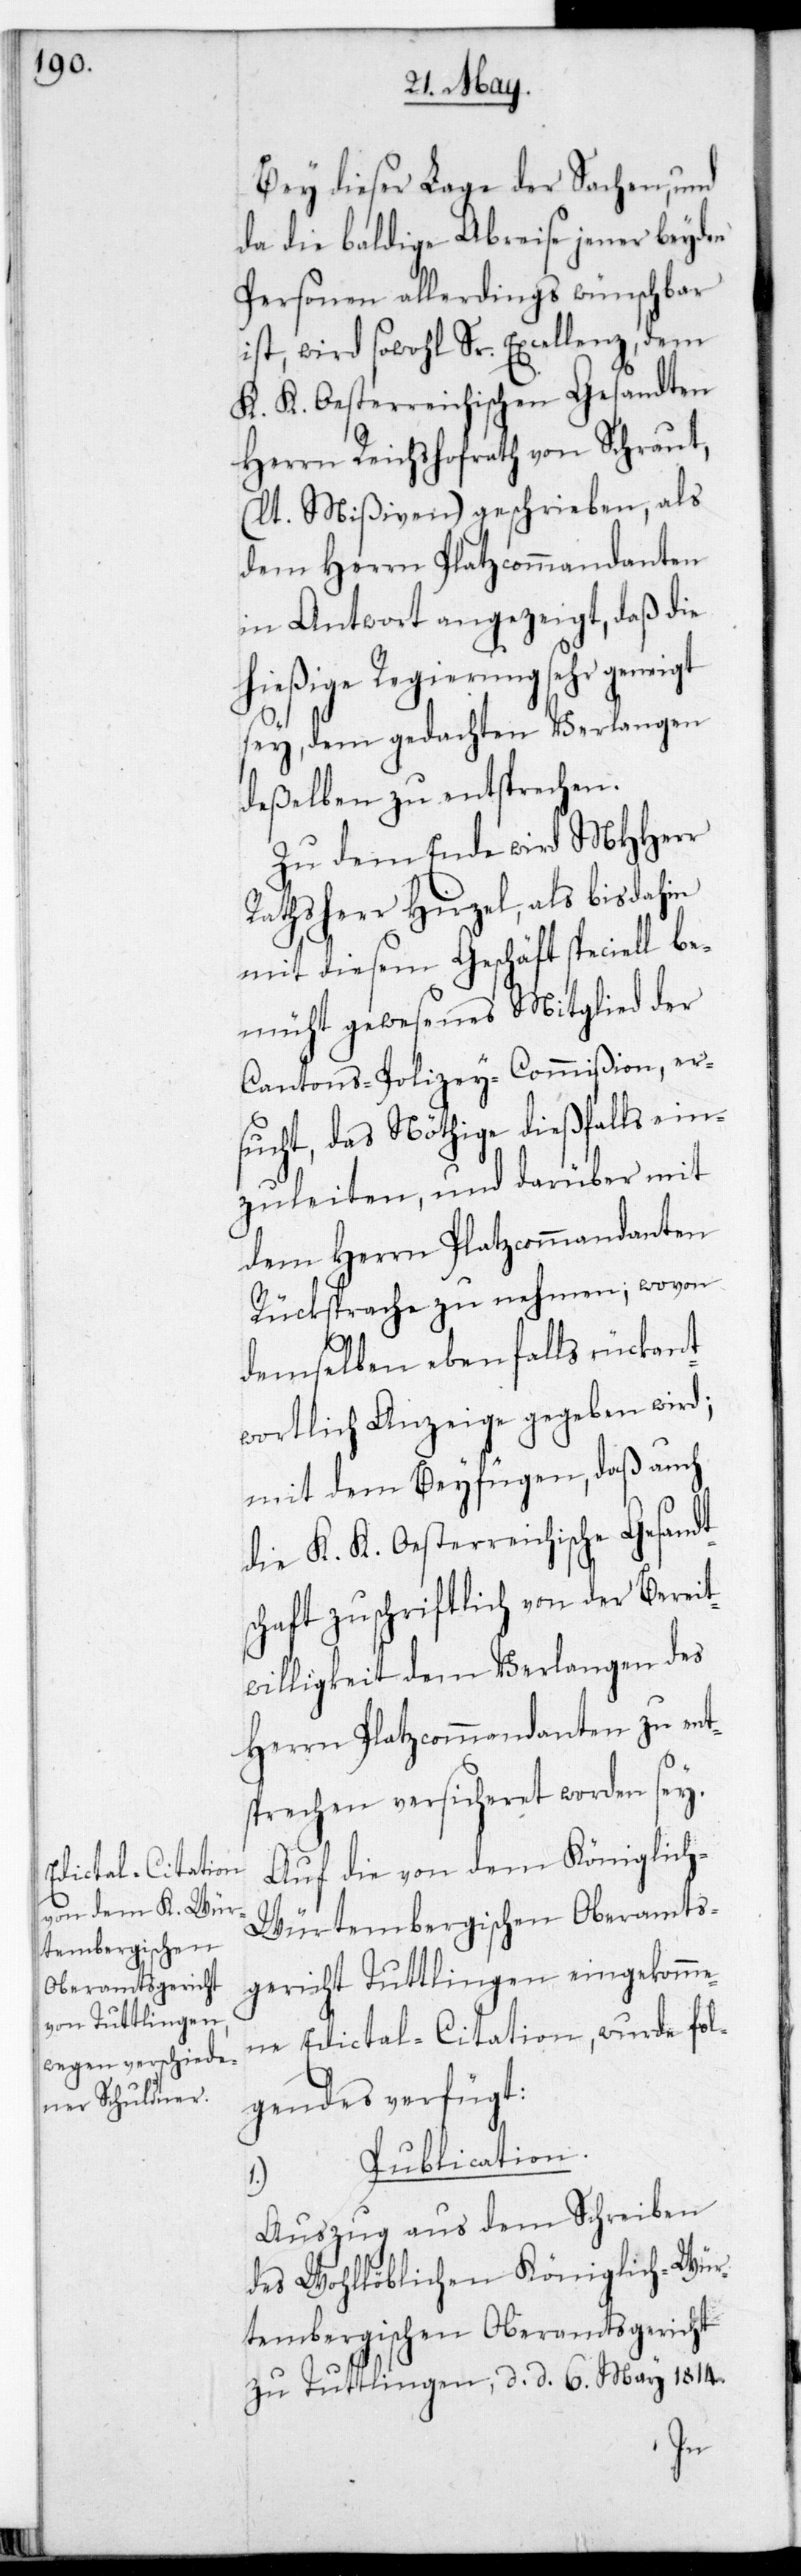
Bey dieser Lage der Sachen und
da die baldige Abreise jener beyden
Personen allerdings wünschbar
ist, wird sowohl Sr. Excellenz dem
K. K. Oesterreichischen Gesandten
Herrn Reichshofrath von Schraut,
(lt. Mißiven) geschrieben, als
dem Herrn Platzcommandanten
in Antwort angezeigt, daß die
hießige Regierung sehr geneigt
sey, dem gedachten Verlangen
deßelben zu entsprechen.
Zu dem Ende wird MHHerr
Rathsherr Hirzel, als bis dahin
mit diesem Geschäft speciell be¬
müht gewesenes Mitglied der
Cantons-Polizey-Commißion, er¬
sucht, das Nöthige dießfalls ein¬
zuleiten, und darüber mit
dem Herrn Platzcommandanten
Rücksprache zu nehmen, wovon
demselben ebenfalls rückant¬
wortlich Anzeige gegeben wird;
mit dem Beyfügen, daß auch
die K. K. Oesterreichische Gesandts¬
chaft zuschriftlich von der Bereit¬
willigkeit dem Verlangen des
Herrn Platzcommandanten zu ent¬
sprechen, versicheret worden sey.
Auf die von dem Königlich-W¬
ürtembergischen Oberamts¬
gericht Tuttlingen eingekomme¬
ne Edictal-Citation, wurde fol¬
gendes verfügt:
1.) Publication.
Auszug aus dem Schreiben
des wohllöblichen Königlich-Wür¬
tembergischen Oberamtsgericht
zu Tuttlingen, datiert 6ten May 1814.